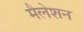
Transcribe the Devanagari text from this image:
मैलेशन